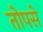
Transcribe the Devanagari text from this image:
तोपसे